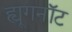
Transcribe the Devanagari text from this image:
ह्यूगनॉट